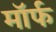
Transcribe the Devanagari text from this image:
मॉर्फ